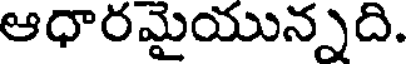
ఆధారమైయున్నది.